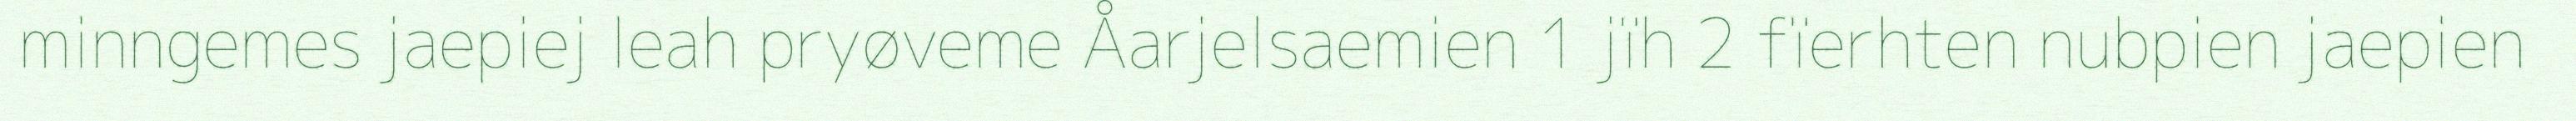
minngemes jaepiej leah pryøveme Åarjelsaemien 1 jïh 2 fïerhten nubpien jaepien